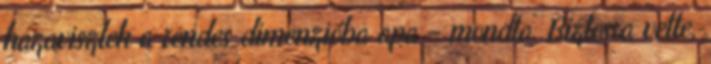
hazaviszlek a rendes dimenzióba apa – mondta. Biztosra vette,